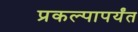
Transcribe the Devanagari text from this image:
प्रकल्पापर्यंत